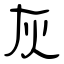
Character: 灰